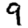
Digit: 9